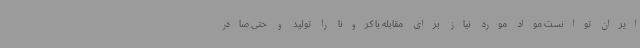
ایران توانست مواد مورد نیاز برای مقابله با کرونا را تولید و حتی صادر